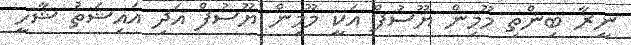
ނީރާ ބިންތި މޫމިން ޔޫސުފް އަކީ މޫމިން ޔޫސުފް އަދި އައިޝަތު ޝާހީ